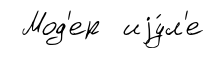
Мод'ер иjу́л'е